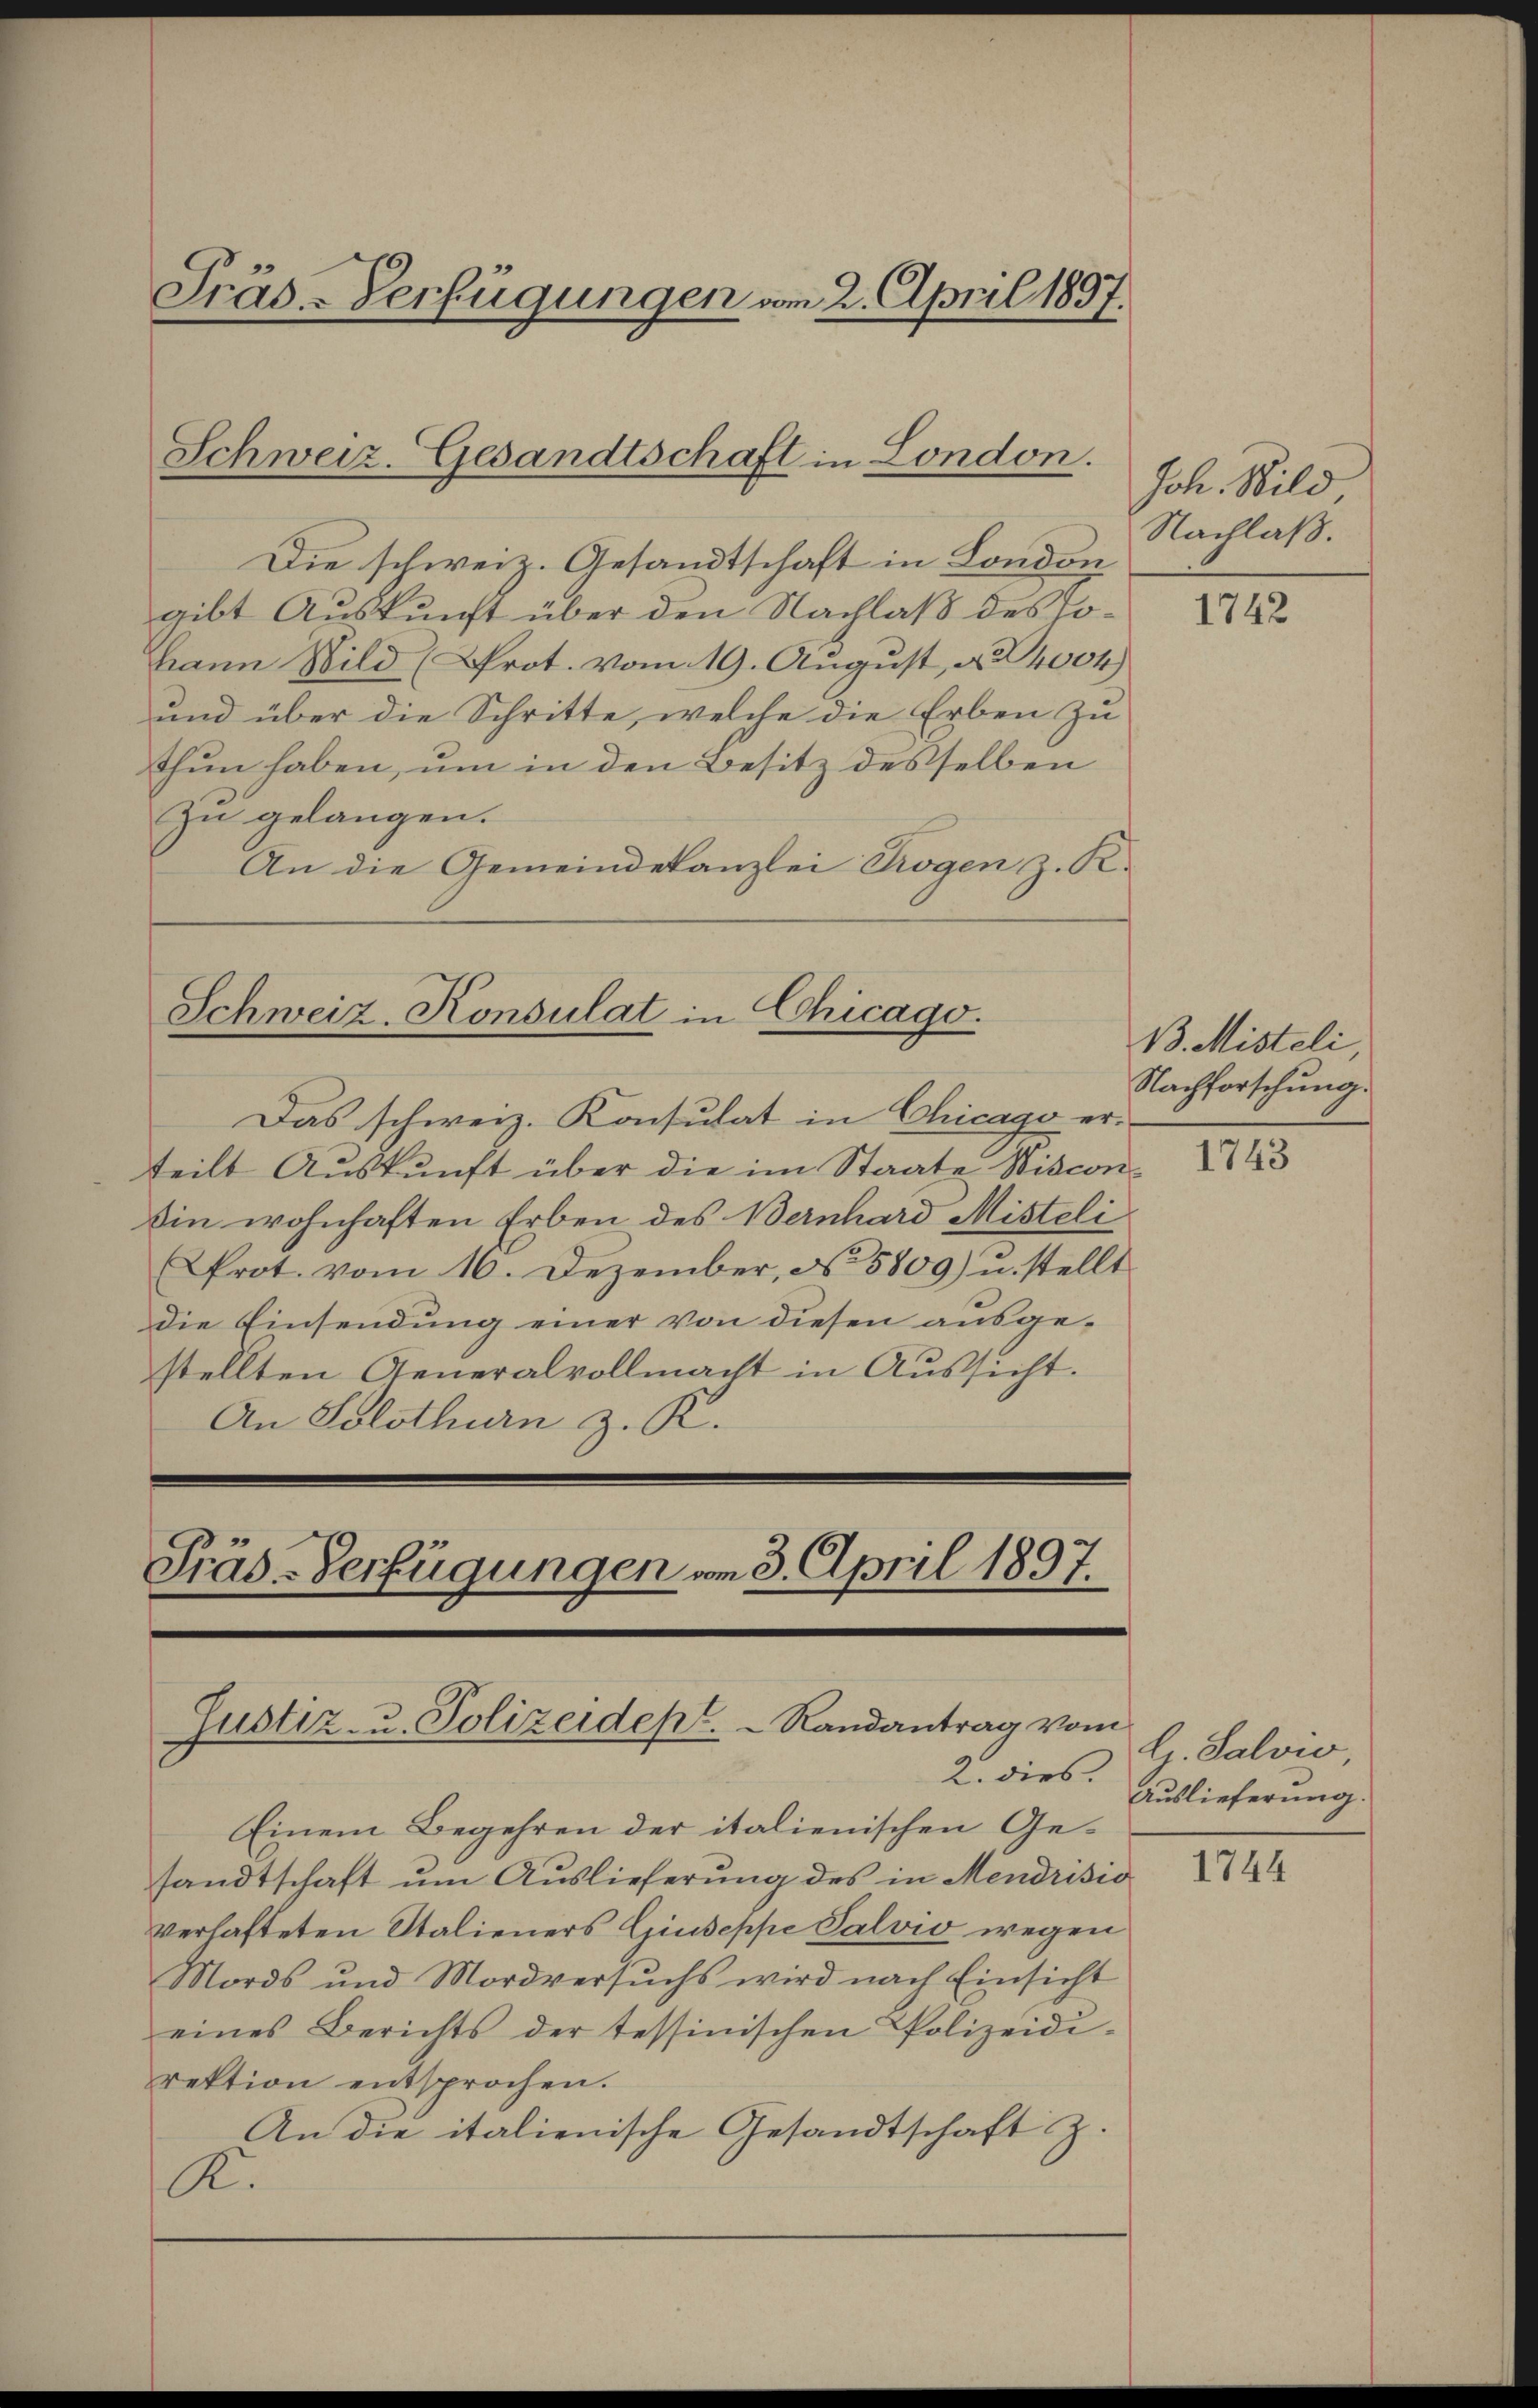
Die schweiz. Gesandtschaft in London
gibt Auskunft über den Nachlaß des Johann Bild (Prot. vom 19. August, § 4004.)
und über die Schritte, welche die Erben zu
thun haben, um in den Besitz desselben
zu gelangen.
An die Gemeindekanzlei Trogen z. R.

Präs-Verfügungen vom 2. April 1897.

Schweiz. Gesandtschaft in London.

Schweiz. Konsulat in Chicago.

Präs-Verfügungen vom 3. April 1897.
Justiz- u. Polizeidept.  Randantrag vo

Das schweiz. Konsulat in Chicago er-
teilt Auskunft über die im Staate Wisconin wohnhaften Erben des Bernhard Misteli
Prot. vom 16. Dezember, No. 5809) u. stellt
die Einsendung einer von diesen ausgestellten Generalvollmacht in Aussicht.
An Solothurn z. R.

2. dies
Einem Begehren der italienischen Gesandtschaft um Auslieferung des in Mendrisio
verlasteten Stalieners Giuseppe Salvio wegen
Mords und Mordversŭchs wird nach Einsicht
eines Berichts der tessinischen Polizeidi-
rektion entsprochen.
An die italienische Gesandtschaft z.
K.

Joh. Bild,
Nachlaß.

1742

B. Misteli
Nachforschung.

1743

en
G. Salvio
Auslieferung

1744